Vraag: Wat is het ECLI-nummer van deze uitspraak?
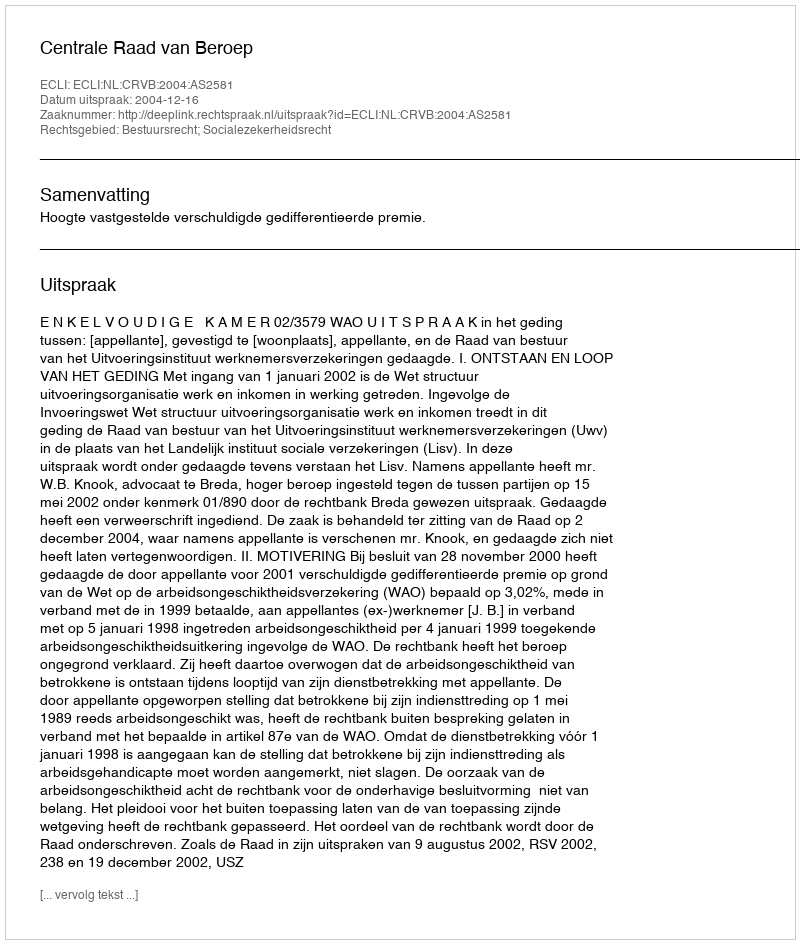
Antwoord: ECLI:NL:CRVB:2004:AS2581